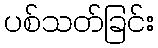
ပစ်သတ်ခြင်း